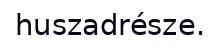
huszadrésze.